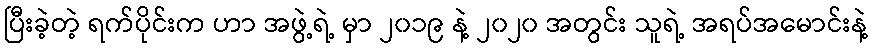
ပြီးခဲ့တဲ့ ရက်ပိုင်းက ဟာ အဖွဲ့ရဲ့ မှာ ၂၀၁၉ နဲ့ ၂၀၂၀ အတွင်း သူရဲ့ အရပ်အမောင်းနဲ့